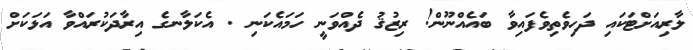
ލާރިއަށްޓަކައި ދަހިވެތިވެފައިވާ ބައެއްނޫން! ރިޒުޤު ދެއްވަނީ ހަމައެކަނި . އެކަލާނގެ އިރާދަކުރައްވާ އަޅަކަށް